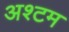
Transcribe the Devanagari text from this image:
अश्टम